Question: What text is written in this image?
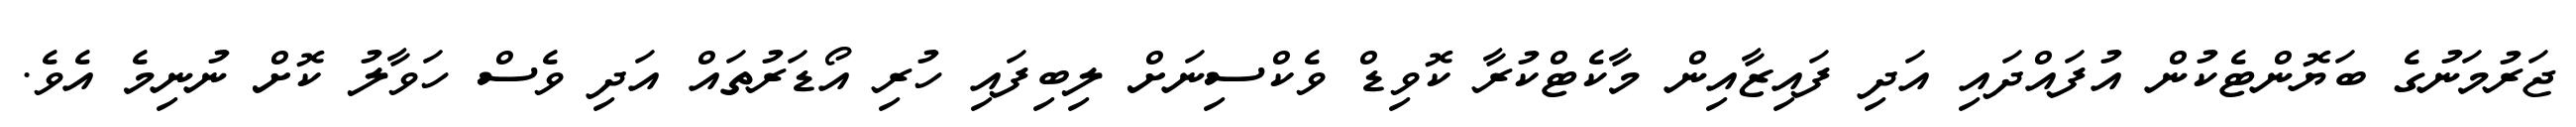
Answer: ޖަރުމަނުގެ ބަޔޮންޓެކުން އުފައްދައި އަދި ފައިޒާއިން މާކެޓްކުރާ ކޮވިޑް ވެކްސިނަށް ލިބިފައި ހުރި އޯޑަރުތައް އަދި ވެސް ހަވާލު ކޮށް ނުނިމެ އެވެ.